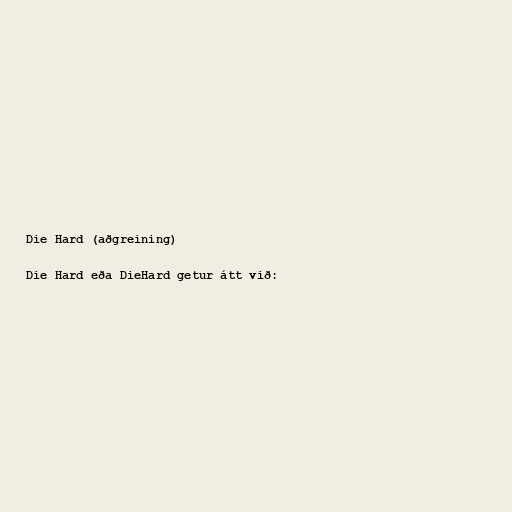
Die Hard (aðgreining)

Die Hard eða DieHard getur átt við: